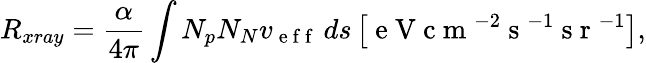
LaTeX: R_{xray}=\frac{\alpha}{4\pi}\int N_{p}N_{N}v_{\mathrm{~e~f~f~}}\, ds\left[\mathrm{~e~V~c~m~}^{-2}\mathrm{~s~}^{-1}\mathrm{~s~r~}^{-1}\right],